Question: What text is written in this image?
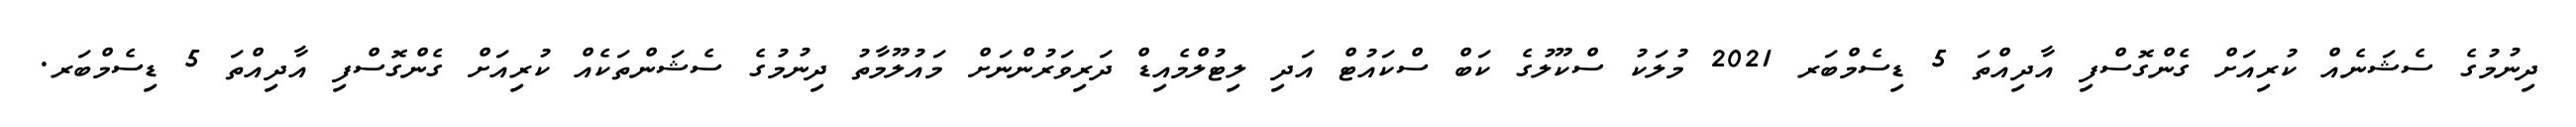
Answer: ދިނުމުގެ ސެޝަނެއް ކުރިއަށް ގެންގޮސްފި އާދިއްތަ 5 ޑިސެމްބަރ 2021 މުލަކު ސްކޫލުގެ ކަބް ސްކައުޓް އަދި ލިޓުލްމެއިޑް ދަރިވަރުންނަށް މައުލޫމާތު ދިނުމުގެ ސެޝަންތަކެއް ކުރިއަށް ގެންގޮސްފި އާދިއްތަ 5 ޑިސެމްބަރ.